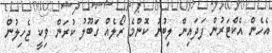
އެހެން އެކްޓަރުން ފަދައިން ލިބުނު ކޮންމެ ރޯލެއް ގަބޫލު ކުރަން ވިކީ ޖެހިލުން